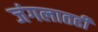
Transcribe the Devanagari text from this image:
जंगलातही